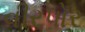
વીરપોર